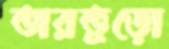
তারতুড়ো